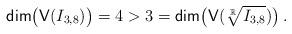
LaTeX: \begin{align*} \mathsf{dim}\big(\mathsf{V} ( I_{3,8})\big)=4>3= \mathsf{dim}\big(\mathsf{V}(\sqrt[\mathbb{R}]{I_{3,8} })\big)\,.\end{align*}